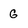
Character: G